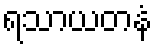
ရသာယတနံ